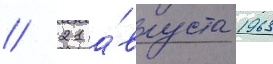
// 21 а́вгуста 1963